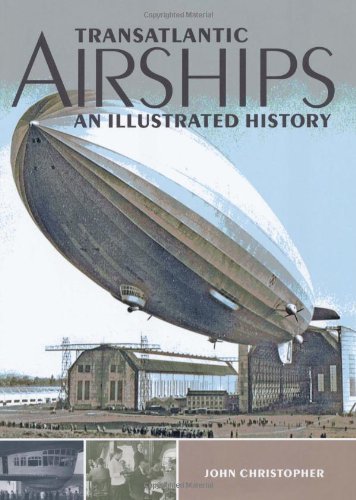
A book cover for Transatlantic Airships: An Illustrated History; John Christopher; Arts & Photography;